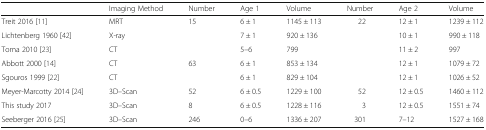
<table><thead><tr><td></td><td><b>Imaging Method</b></td><td><b>Number</b></td><td><b>Age 1</b></td><td><b>Volume</b></td><td><b>Number</b></td><td><b>Age 2</b></td><td><b>Volume</b></td></tr></thead><tbody><tr><td>Treit 2016 [11]</td><td>MRT</td><td>15</td><td>6 ± 1</td><td>1145 ± 113</td><td>22</td><td>12 ± 1</td><td>1239 ± 112</td></tr><tr><td>Lichtenberg 1960 [42]</td><td>X-ray</td><td></td><td>7 ± 1</td><td>920 ± 136</td><td></td><td>10 ± 1</td><td>990 ± 118</td></tr><tr><td>Toma 2010 [23]</td><td>CT</td><td></td><td>5–6</td><td>799</td><td></td><td>11 ± 2</td><td>997</td></tr><tr><td>Abbott 2000 [14]</td><td>CT</td><td>63</td><td>6 ± 1</td><td>853 ± 134</td><td></td><td>12 ± 1</td><td>1079 ± 72</td></tr><tr><td>Sgouros 1999 [22]</td><td>CT</td><td></td><td>6 ± 1</td><td>829 ± 104</td><td></td><td>12 ± 1</td><td>1026 ± 52</td></tr><tr><td>Meyer-Marcotty 2014 [24]</td><td>3D–Scan</td><td>52</td><td>6 ± 0.5</td><td>1229 ± 100</td><td>52</td><td>12 ± 0.5</td><td>1460 ± 112</td></tr><tr><td>This study 2017</td><td>3D–Scan</td><td>8</td><td>6 ± 0.5</td><td>1228 ± 116</td><td>3</td><td>12 ± 0.5</td><td>1551 ± 74</td></tr><tr><td>Seeberger 2016 [25]</td><td>3D–Scan</td><td>246</td><td>0–6</td><td>1336 ± 207</td><td>301</td><td>7–12</td><td>1527 ± 168</td></tr></tbody></table>